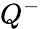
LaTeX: Q^{-}